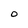
Character: O